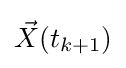
{\vec {X}}(t_{k+1})